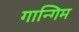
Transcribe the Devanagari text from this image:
गान्गिम